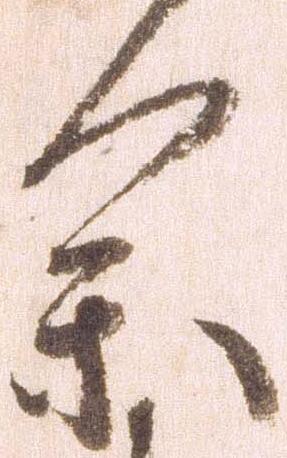
参